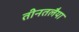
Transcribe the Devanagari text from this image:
तीनतलैया